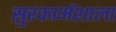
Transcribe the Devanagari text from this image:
सुरकार्मशाला